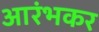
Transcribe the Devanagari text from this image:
आरंभकर